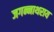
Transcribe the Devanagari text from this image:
जगन्नाथराय